Statistics compiled by the Government of India from the reports of provincial Civil Veterinary Departments
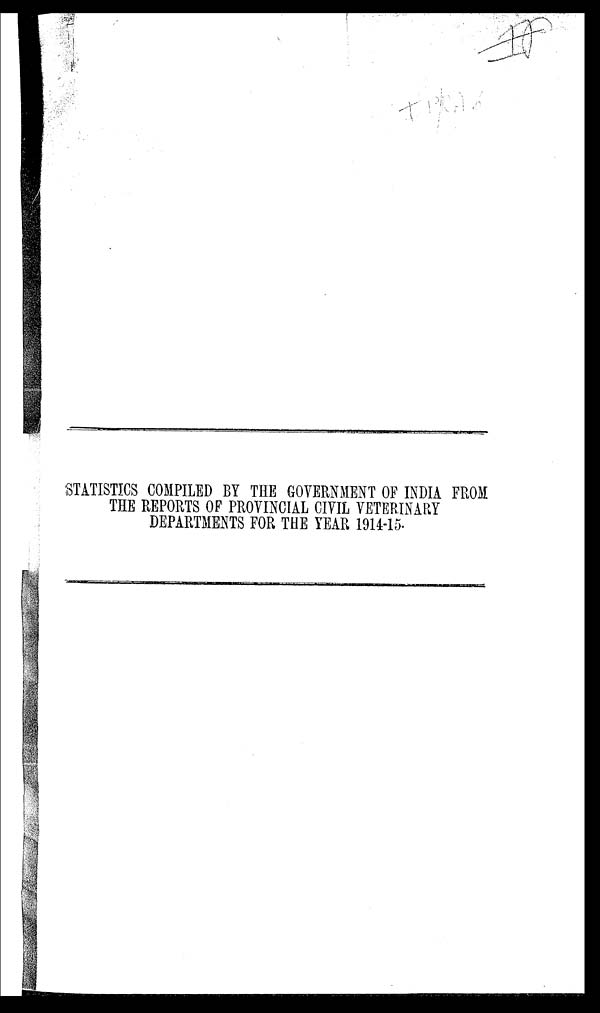
STATISTICS COMPILED BY THE GOVERNMENT OF INDIA FROM
THE REPORTS OF PROVINCIAL CIVIL VETERINARY
DEPARTMENTS FOR THE YEAR 1914-15.